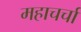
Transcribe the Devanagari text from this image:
महाचर्चा